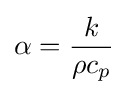
\alpha ={\frac {k}{\rho c_{p}}}